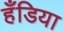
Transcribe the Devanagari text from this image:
हँडिया